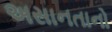
અસાનતાનો